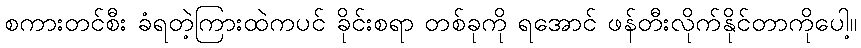
စကားတင်စီး ခံရတဲ့ကြားထဲကပင် ခိုင်းစရာ တစ်ခုကို ရအောင် ဖန်တီးလိုက်နိုင်တာကိုပေါ့။